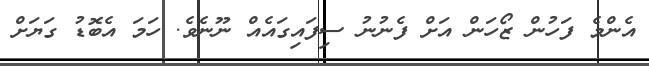
އެންމެ ފަހުން ޒޯހަން އަށް ފެނުނު ސިފައިގައެއް ނޫނެވެ. ހަމަ އެބޮޑު ގަޔަށް